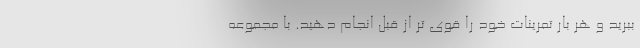
ببرید و هر بار تمرینات خود را قوی تر از قبل انجام دهید. با مجموعه